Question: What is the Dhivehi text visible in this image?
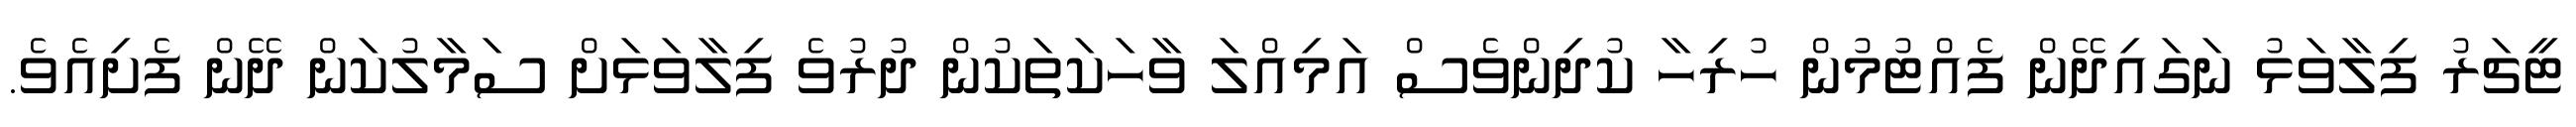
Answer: ޓީޗަރު ފިލާވަޅު ނަގައިދޭން ފެއްޓުމުން ހުރިހާ ކުދިންވެސް އަމިއްލަ ވާހަކަތަކުން ދުރުވެ ފިލާވަޅަށް ސަމާލުކަން ދޭން ފެށިއެވެ.